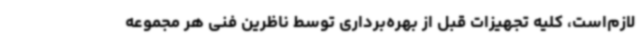
لازم‌است، کلیه تجهیزات قبل از بهره‌برداری توسط ناظرین فنی هر مجموعه